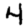
Digit: 4